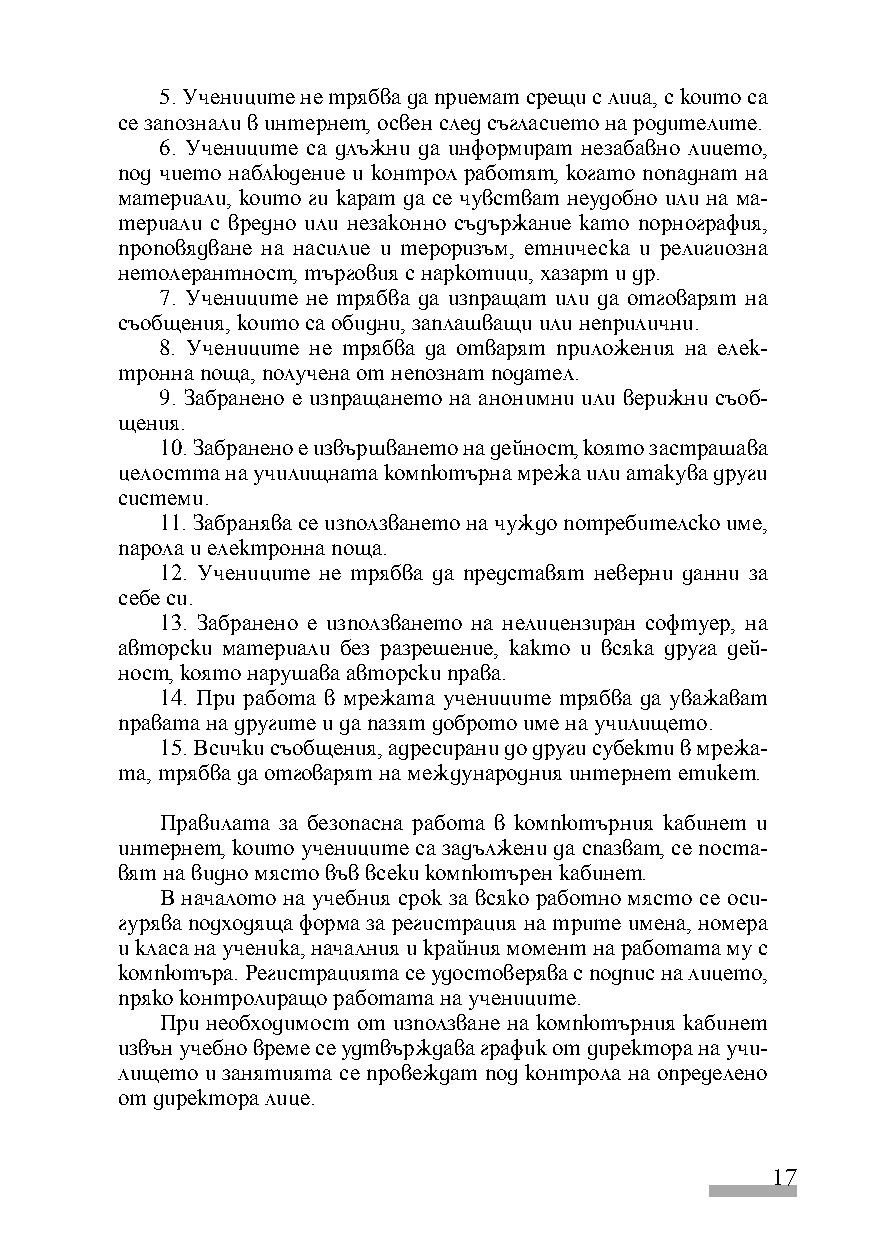
5. Учениците не трябва да приемат срещи с лица, с които са
 се запознали в интернет, освен след съгласието на родителите.
 6. Учениците са длъжни да информират незабавно лицето,
 под чието наблюдение и контрол работят, когато попаднат на
 материали, които ги карат да се чувстват неудобно или на ма-
 териали с вредно или незаконно съдържание като порнография,
 проповядване на насилие и тероризъм, етническа и религиозна
 нетолерантност, търговия с наркотици, хазарт и др.
 7. Учениците не трябва да изпращат или да отговарят на
 съобщения, които са обидни, заплашващи или неприлични.
 8. Учениците не трябва да отварят приложения на елек-
 тронна поща, получена от непознат подател.
 9. Забранено е изпращането на анонимни или верижни съоб-
 щения.
 10. Забранено е извършването на дейност, която застрашава
 целостта на училищната компютърна мрежа или атакува други
 системи.
 11. Забранява се използването на чуждо потребителско име,
 парола и електронна поща.
 12. Учениците не трябва да представят неверни данни за
 себе си.
 13. Забранено е използването на нелицензиран софтуер, на
 авторски материали без разрешение, както и всяка друга дей-
 ност, която нарушава авторски права.
 14. При работа в мрежата учениците трябва да уважават
 правата на другите и да пазят доброто име на училището.
 15. Всички съобщения, адресирани до други субекти в мрежа-
 та, трябва да отговарят на международния интернет етикет.
 Правилата за безопасна работа в компютърния кабинет и
 интернет, които учениците са задължени да спазват, се поста-
 вят на видно място във всеки компютърен кабинет.
 В началото на учебния срок за всяко работно място се оси-
 гурява подходяща форма за регистрация на трите имена, номера
 и класа на ученика, началния и крайния момент на работата му с
 компютъра. Регистрацията се удостоверява с подпис на лицето,
 пряко контролиращо работата на учениците.
 При необходимост от използване на компютърния кабинет
 извън учебно време се удтвърждава график от директора на учи-
 лището и занятията се провеждат под контрола на определено
 от директора лице.
 17